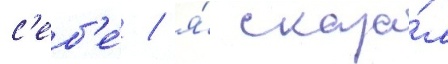
с'еб'е́ / я́ сказа́л